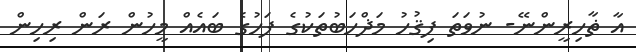
އާ ޡާހިރީންނޭ- ނުވަތަ ފިޤުހު މަޛްހަބުތަކުގެ ފަހުގެ ބައެއް މީހުން ރަން ރިހިން